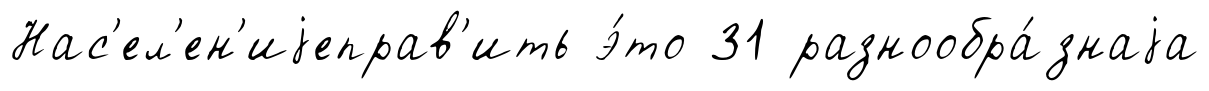
Нас'ел'ен'иjеправ'ить э́то 31 разнообра́знаjа